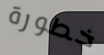
خطورة